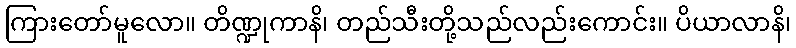
ကြားတော်မူလော။ တိဏ္ဍုကာနိ၊ တည်သီးတို့သည်လည်းကောင်း။ ပိယာလာနိ၊